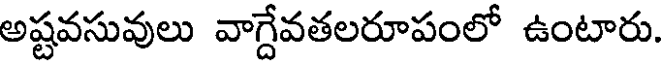
అష్టవసువులు వాగ్దేవతలరూపంలో ఉంటారు.